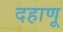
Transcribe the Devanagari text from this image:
दहाणू